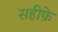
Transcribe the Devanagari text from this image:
सहीफे़